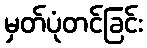
မှတ်ပုံတင်ခြင်း